Leaving Certificate Examination, 1907
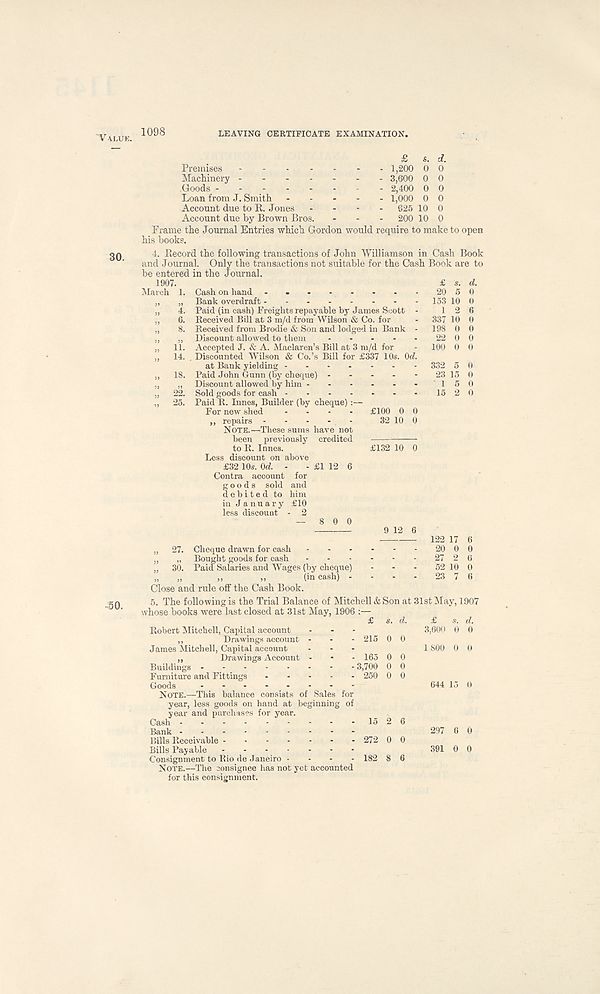
LEAVING CERTIFICATE EXAMINATION.
Premises Machinery - - -
.Goods - - - -
Loan from J. Smith
Account due to R. Jones
Account due by Brown Bros
£ s. d.
1,200 0 0
3,600 0 0
2,400 0 0
1,000 0 0
625 10 0
200 10 0
Frame the Journal Entries which Gordon would require to make to open
his books.
4. Record the following transactions of John Williamson in Cash Book
and Journal. Only the transactions not suitable for the Cash Book are to
be entered in the Journal.
1907.
£ s. d.
March 1. Cash on hand
„ Bank overdraft - -
153 10 0
4. Paid (in cash) Freights repayable by James Scott - 12 6
6. Received Bill at 3 m/d from Wilson & Co. for - 337 10 0
8. Received from Brodie & Son and lodged in Bank - 198 0 0
„ Discount allowed to them
22 00
11. Accepted J. & A. Maclaren’s Bill at 3 m/d for
14. . Discounted Wilson & Co.’s Bill for £337 10s. Od.
at Bank yielding - - - .
18. Paid John Gunn (by cheque) -
„ Discount allowed by him -
22. Sold goods for cash - - - -
25. Paid R. Innes, Builder (by cheque)
For new shed ....
,, repairs - - - - -
Note.—.These sums have not
been previously credited
to R. Innes.
Less discount on above
£32 10s. Qd. - - £1 12 6
Contra account for
goods sold and
debited to him
in January £10
less discount
8 0 0
9 12 6
27.
122 17 6
Cheque drawn for cash
„ „ Bought goods for cash
„ 30. Paid Salaries and Wages (by cheque)
„ „
,,
,,
(in cash) -
Close and rule off the Cash Book.
5. The following is the Trial Balance of Mitchell & Son at 31st May, 1907
whose books were last closed at 31st May, 1906
27 2 6
52 10 0
23 7 6
d.
Robert Mitchell, Capital account
,,
Drawings account - - - 215 0
James Mitchell, Capital account
„
Drawings Account -
Buildings Furniture and Fittings ....
Goods Note.—This balance consists of Sales for
year, less goods on hand at beginning of
year and purchases for year.
Cash
15 2 6
Bank Bills Receivable
272 0 0
Bills Payable
Consignment to Rio de Janeiro - - - - 182 8 6
Note.—The consignee has not yet accounted
for this consignment.
3,600 0 0